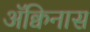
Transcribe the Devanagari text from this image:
ॲक्विनास